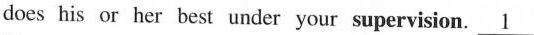
does his or her best under your supervision. \underline{1}